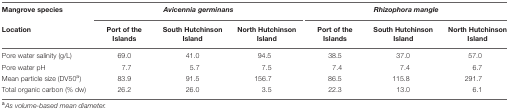
<table><thead><tr><td><b>Mangrove species</b></td><td colspan="3"><b><i>Avicennia germinans</i></b></td><td colspan="3"><b><i>Rhizophora mangle</i></b></td></tr><tr><td><b>Location</b></td><td><b>Port of the Islands</b></td><td><b>South Hutchinson Island</b></td><td><b>North Hutchinson Island</b></td><td><b>Port of the Islands</b></td><td><b>South Hutchinson Island</b></td><td><b>North Hutchinson Island</b></td></tr></thead><tbody><tr><td>Pore water salinity (g/L)</td><td>69.0</td><td>41.0</td><td>94.5</td><td>38.5</td><td>37.0</td><td>57.0</td></tr><tr><td>Pore water pH</td><td>7.7</td><td>5.7</td><td>7.5</td><td>7.4</td><td>7.4</td><td>6.7</td></tr><tr><td>Mean particle size (DV50<sup>a</sup>)</td><td>83.9</td><td>91.5</td><td>156.7</td><td>86.5</td><td>115.8</td><td>291.7</td></tr><tr><td>Total organic carbon (% dw)</td><td>26.2</td><td>26.0</td><td>3.5</td><td>22.3</td><td>13.0</td><td>6.1</td></tr></tbody></table>